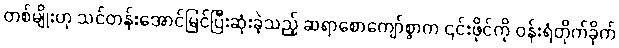
တစ်မျိုးဟု သင်တန်းအောင်မြင်ပြီးဆုံးခဲ့သည့် ဆရာစောကျော်စွာက ၎င်းဖိုင်ကို ဝန်းရံတိုက်ခိုက်